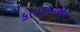
કાપડબજાર